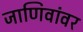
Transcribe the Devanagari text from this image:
जाणिवांवर